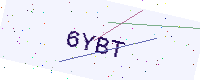
Text: 6YBT